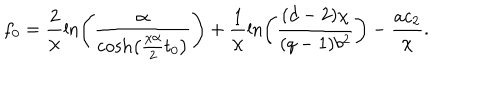
f _ { 0 } = \frac 2 { \chi } \ln \left( \frac { \alpha } { \cosh \left( { \frac { \chi \alpha } { 2 } } t _ { 0 } \right) } \right) + \frac 1 { \chi } \ln \left( { \frac { ( d - 2 ) \chi } { ( q - 1 ) b ^ { 2 } } } \right) - { \frac { a c _ { 2 } } { \chi } } .